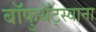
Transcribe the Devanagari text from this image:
बॉफुथॅट्स्वाना